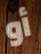
أو